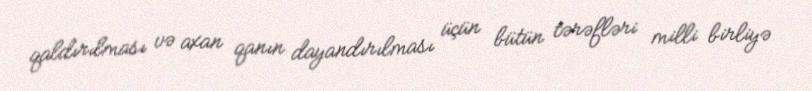
qaldırılması və axan qanın dayandırılması üçün bütün tərəfləri milli birliyə